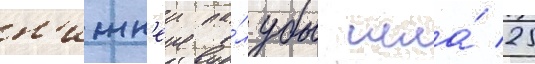
н'ижн'еи па́лубы шла́ 25